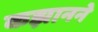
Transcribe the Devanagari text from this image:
कझानने